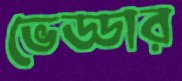
ভেড্ডার